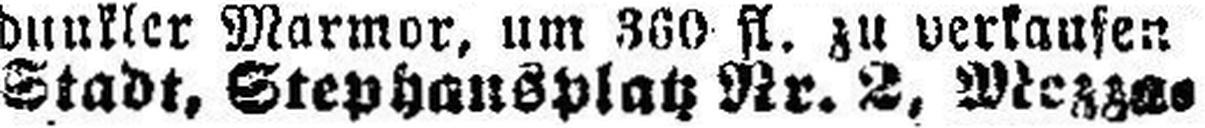
Stadt, Stephansplatz Nr. 2, Mezza¬